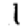
Digit: 1